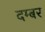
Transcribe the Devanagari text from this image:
दम्बर